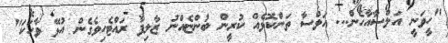
"ހީވަނީ އަލްސާއާހެން... އަލްސާ ތަންކޮޅެއް ކުރީން ބުންޏެއްނު ޒާލިފާ ރައްޓެހިވެގެން އުޅޭ ވާހަކަ"